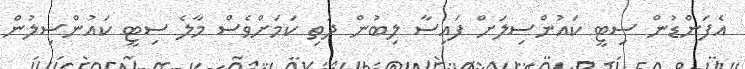
އެފަންޑުން ސިޓީ ކައުންސިލަށް ފައިސާ ލިބުން ދަތި ކަމަށްވެސް މާލެ ސިޓީ ކައުންސިލުން